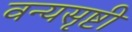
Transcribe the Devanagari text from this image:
वन्यसृष्टी